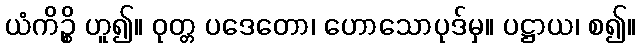
ယံကိဉ္စိ ဟူ၍။ ဝုတ္တ ပဒေတော၊ ဟောသောပုဒ်မှ။ ပဋ္ဌာယ၊ စ၍။